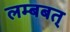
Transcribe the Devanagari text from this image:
लम्बबत्